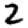
Digit: 2